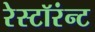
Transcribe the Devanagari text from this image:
रेस्टॉरंन्ट